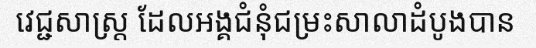
វេជ្ជសាស្ត្រ ដែលអង្គជំនុំជម្រះសាលាដំបូងបាន